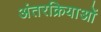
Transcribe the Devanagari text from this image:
अंतरक्रियाओं